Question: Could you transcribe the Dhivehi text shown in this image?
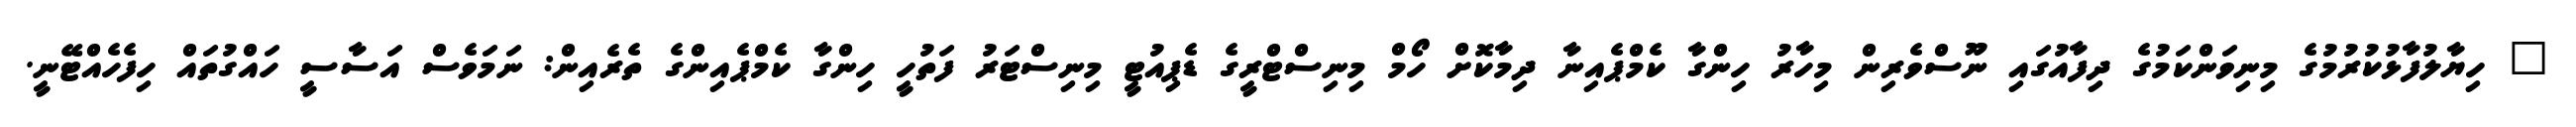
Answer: " ހިޔާލުފާޅުކުރުމުގެ މިނިވަންކަމުގެ ދިފާއުގައި ނޫސްވެރިން މިހާރު ހިންގާ ކެމްޕެއިނާ ދިމާކޮށް ހޯމް މިނިސްޓްރީގެ ޑެޕިއުޓީ މިނިސްޓަރު ފަތުހީ ހިންގާ ކެމްޕެއިންގެ ތެރެއިން: ނަމަވެސް އަސާސީ ހައްގުތައް ހިފެހެއްޓޭނީ.